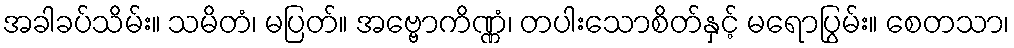
အခါခပ်သိမ်း။ သမိတံ၊ မပြတ်။ အဗ္ဗောကိဏ္ဏံ၊ တပါးသောစိတ်နှင့် မရောပြွမ်း။ စေတသာ၊